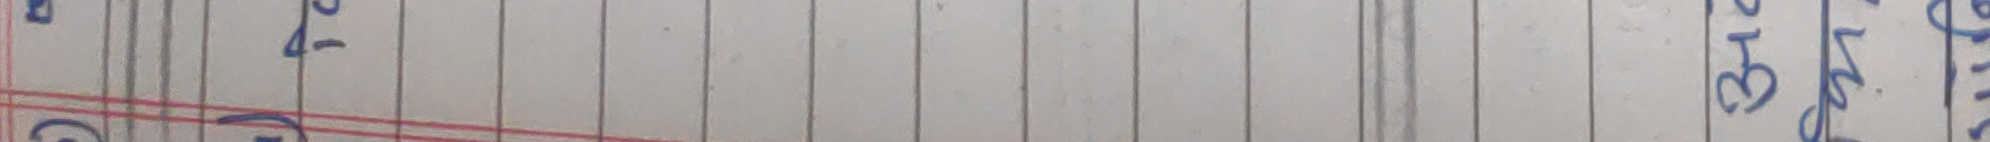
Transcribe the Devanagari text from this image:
२ प २१-३० गाउँ
७ न मा